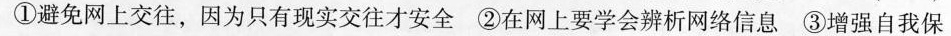
①避免网上交往，因为只有现实交往才安全 ②在网上要学会辨析网络信息 ③增强自我保